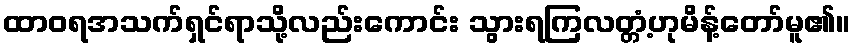
ထာဝရအသက်ရှင်ရာသို့လည်းကောင်း သွားရကြလတ္တံ့ဟုမိန့်တော်မူ၏။